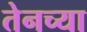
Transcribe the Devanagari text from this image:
तेनच्या